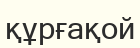
құрғақой